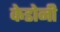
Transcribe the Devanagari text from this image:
केडोनी